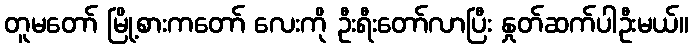
တူမတော် မြို့စားကတော် လေးကို ဦးရီးတော်လာပြီး နှုတ်ဆက်ပါဦးမယ်။